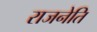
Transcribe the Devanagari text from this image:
राजनेति